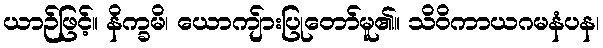
ယာဉ်ဖြင့်။ နိက္ခမိ၊ ယောကျ်ားပြုတော်မူ၏။ သိဝိကာယဂမနံပန၊